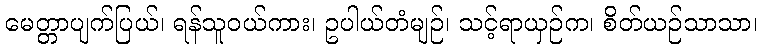
မေတ္တာပျက်ပြယ်၊ ရန်သူဝယ်ကား၊ ဥပါယ်တံမျဉ်၊ သင့်ရာယှဉ်က၊ စိတ်ယဉ်သာသာ၊